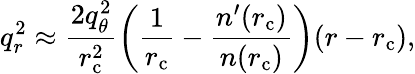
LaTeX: q_{r}^{2}\approx\frac{2q_{\theta}^{2}}{r_{\mathrm{c}}^{2}}\left(\frac{1}{r_{\mathrm{c}}}-\frac{n^{\prime}(r_{\mathrm{c}})}{n(r_{\mathrm{c}})}\right)(r-r_{\mathrm{c}}),